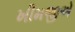
ખીમજીએ